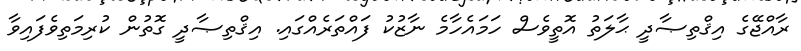
ރާއްޖޭގެ އިޤްތިޞާދީ ޙާލަތު އޮތީވެސް ހަމައެހާމެ ނާޒުކު ފައްތަރެއްގައި. އިޤްތިޞާދީ ގޮތުން ކުރިމަތިވެފައިވާ